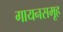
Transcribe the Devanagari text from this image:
गायनसमूह